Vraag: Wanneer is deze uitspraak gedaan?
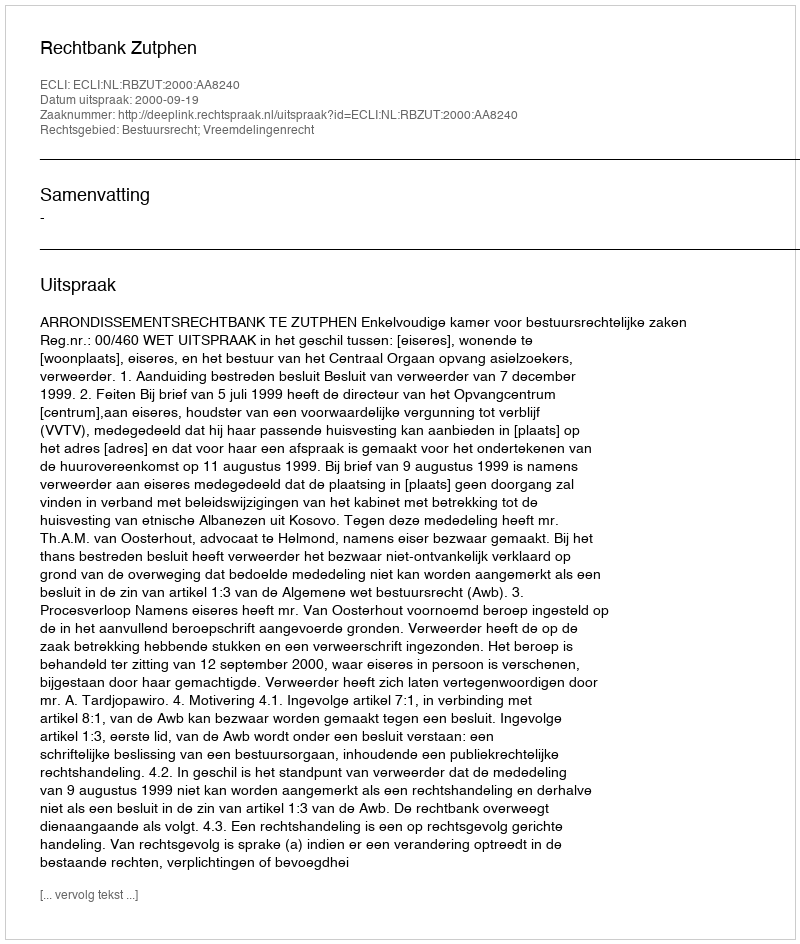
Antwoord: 2000-09-19